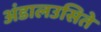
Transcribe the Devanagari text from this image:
अंडालउसिते